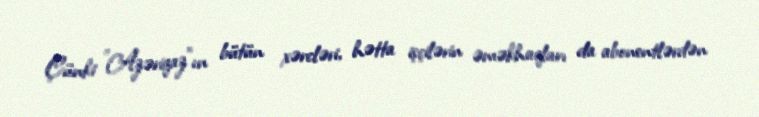
Çünki "Azəriqaz"ın bütün xərcləri, hətta işçilərin əməkhaqları da abonentlərdən